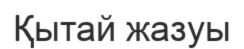
Қытай жазуы